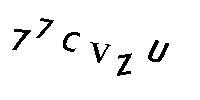
77CVZU